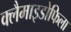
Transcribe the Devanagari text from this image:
क्लैमाइडोफिला